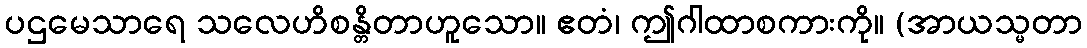
ပဌမေသာရေ သလေဟိစန္တိတာဟူသော။ ဧတံ၊ ဤဂါထာစကားကို။ (အာယသ္မတာ